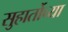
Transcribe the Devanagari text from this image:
सुहार्तोच्या